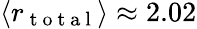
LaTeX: \langle r_{\mathrm{~t~o~t~a~l~}}\rangle\approx 2.02